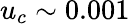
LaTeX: u_{c}\sim 0.001